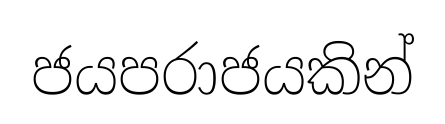
ජයපරාජයකින්